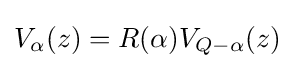
V_{\alpha }(z)=R(\alpha )V_{Q-\alpha }(z)\